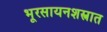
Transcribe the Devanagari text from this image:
भूरसायनशस्त्रात